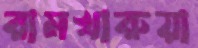
রামখারুয়া